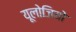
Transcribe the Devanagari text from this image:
यूलोजियो